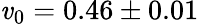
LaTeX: \mathit{v}_{0}=0.46\pm0.01